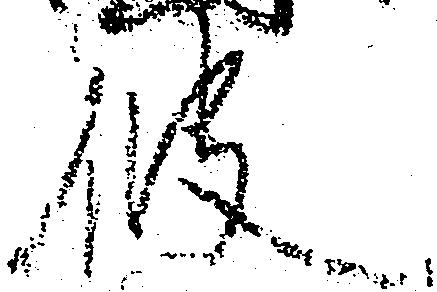
彼